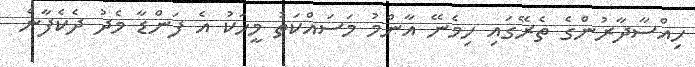
ހިއްސާދާރުންގެ ތެރޭގައި ހިމެނޭ އާންމު މަސައްކަތު މީހަކު އެ ފަންޑާ މެދު ދެކެފާނެ